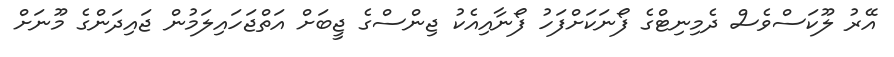
އޭރު ލޫކަސްވެސް ދެމިނިޓްގެ ފޯނަކަށްފަހު ފޯނާއިއެކު ޖިންސްގެ ޖީބަށް އަތްޖަހައިލަމުން ޖައިދަންގެ މޫނަށް